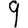
Digit: 9